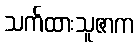
သက်ထားသူဇာက